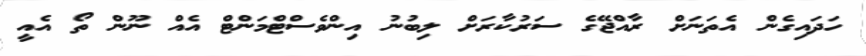
ހަދައިގެން އެތަނަށް ރާއްޖޭގެ ސަރުކާރަށް ލިބުނު އިންވެސްޓްމަންޓް އެއް ނޫން ތޯ އެއީ